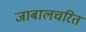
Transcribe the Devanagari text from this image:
जाबालचरित